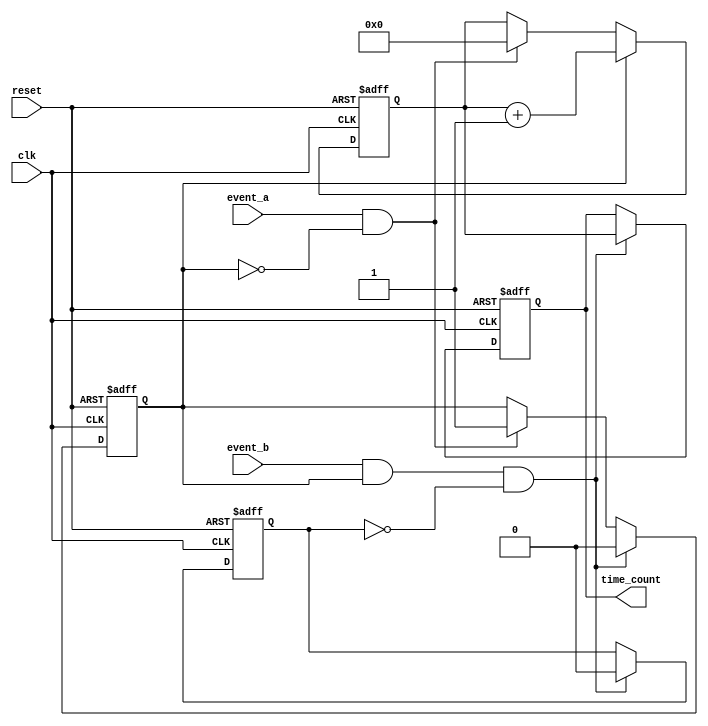
module TDC (
    input wire clk,             // High-frequency clock signal
    input wire reset,           // Reset signal
    input wire event_a,         // Event A input
    input wire event_b,         // Event B input
    output reg [15:0] time_count // Output time count (16-bit for example)
);

    reg [15:0] counter;         // Counter to measure time intervals
    reg event_a_detected;       // Flag for Event A detection
    reg event_b_detected;       // Flag for Event B detection

    // Event Detection Logic
    always @(posedge clk or posedge reset) begin
        if (reset) begin
            event_a_detected <= 0;
            event_b_detected <= 0;
            counter <= 0;
            time_count <= 0;
        end else begin
            // Detect Event A
            if (event_a && !event_a_detected) begin
                event_a_detected <= 1; // Set flag for Event A
                counter <= 0;           // Reset counter
            end
            
            // Detect Event B
            if (event_b && event_a_detected && !event_b_detected) begin
                event_b_detected <= 1; // Set flag for Event B
                time_count <= counter;  // Store the count value
                event_a_detected <= 0;  // Reset Event A detection
                event_b_detected <= 0;  // Reset Event B detection
            end
            
            // Count clock cycles if Event A has been detected
            if (event_a_detected) begin
                counter <= counter + 1; // Increment counter
            end
        end
    end

endmodule